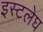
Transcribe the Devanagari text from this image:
इस्टलेघ